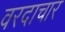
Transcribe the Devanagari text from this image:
वरदाचार